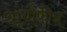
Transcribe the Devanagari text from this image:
थायोफीन